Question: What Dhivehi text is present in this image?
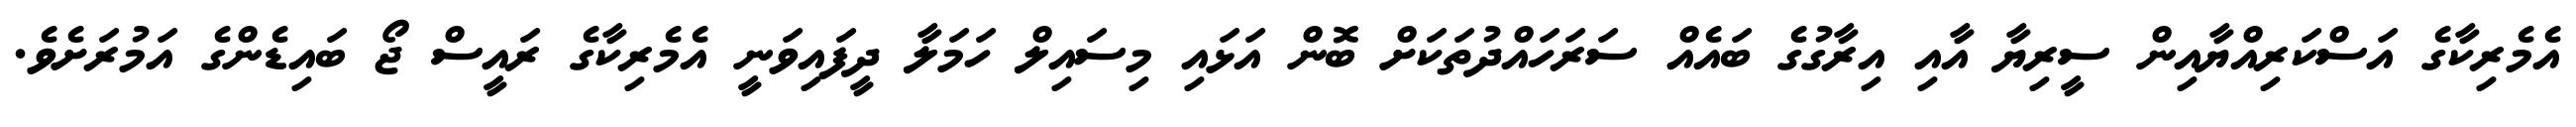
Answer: އެމެރިކާގެ އަސްކަރިއްޔާއިން ސީރިޔާ އާއި އިރާގުގެ ބައެއް ސަރަހައްދުތަކަށް ބޮން އަޅައި މިސައިލް ހަމަލާ ދީފައިވަނީ އެމެރިކާގެ ރައީސް ޖޯ ބައިޑެންގެ އަމުރަށެވެ.